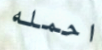
احمله